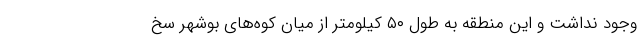
وجود نداشت و این منطقه به طول ۵۰ کیلومتر از میان کوه‌های بوشهر سخ